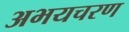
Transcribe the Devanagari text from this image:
अभयचरण